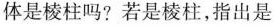
体是棱柱吗?若是棱柱，指出是